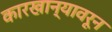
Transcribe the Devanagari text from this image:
कारखान्यावरून